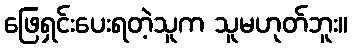
ဖြေရှင်းပေးရတဲ့သူက သူမဟုတ်ဘူး။